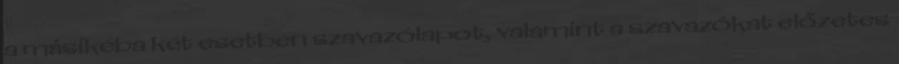
a másikéba két esetben szavazólapot, valamint a szavazókat előzetes